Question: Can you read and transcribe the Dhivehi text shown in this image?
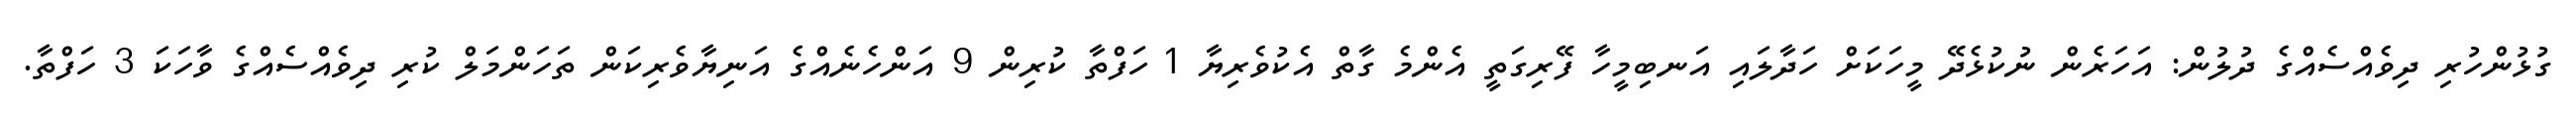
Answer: ގުޅުންހުރި ދިވެއްސެއްގެ ދުލުން: އަހަރެން ނުކުޅެދޭ މީހަކަށް ހަދާލައި އަނބިމީހާ ފޭރިގަތީ އެންމެ ގާތް އެކުވެރިޔާ 1 ހަފްތާ ކުރިން 9 އަންހެނެއްގެ އަނިޔާވެރިކަން ތަހަންމަލް ކުރި ދިވެއްސެއްގެ ވާހަކަ 3 ހަފްތާ.